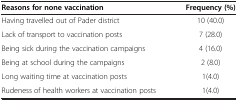
<table><thead><tr><td><b>Reasons for none vaccination</b></td><td><b>Frequency (%)</b></td></tr></thead><tbody><tr><td>Having travelled out of Pader district</td><td>10 (40.0)</td></tr><tr><td>Lack of transport to vaccination posts</td><td>7 (28.0)</td></tr><tr><td>Being sick during the vaccination campaigns</td><td>4 (16.0)</td></tr><tr><td>Being at school during the campaigns</td><td>2 (8.0)</td></tr><tr><td>Long waiting time at vaccination posts</td><td>1(4.0)</td></tr><tr><td>Rudeness of health workers at vaccination posts</td><td>1(4.0)</td></tr></tbody></table>